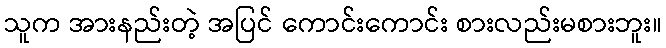
သူက အားနည်းတဲ့ အပြင် ကောင်းကောင်း စားလည်းမစားဘူး။